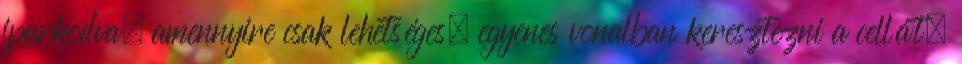
iparkodva, amennyire csak lehetséges, egyenes vonalban keresztezni a cellát.